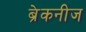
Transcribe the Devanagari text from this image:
ब्रेकनीज